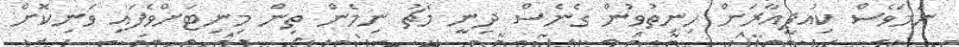
ނަމަވެސް ކިއުޕީއާރަށް ހިނިތުވުން ގެނެސް ދިނީ މެޗު ނިމެން ތިން މިނިޓަށްވެފައި ވަނިކޮށް